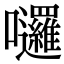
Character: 𡆗